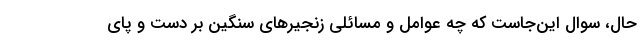
حال، سوال این‌جاست که چه عوامل و مسائلی زنجیرهای سنگین بر دست و پای